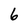
Character: 6